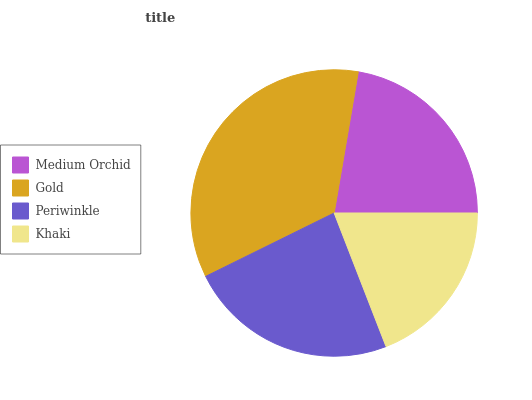
| Medium Orchid | Gold | Periwinkle | Khaki |
 | --- | --- | --- | --- |
 | 22.3% | 35% | 23.6% | 19.1% |